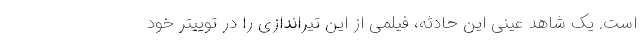
است. یک شاهد عینی این حادثه، فیلمی از این تیراندازی را در توییتر خود